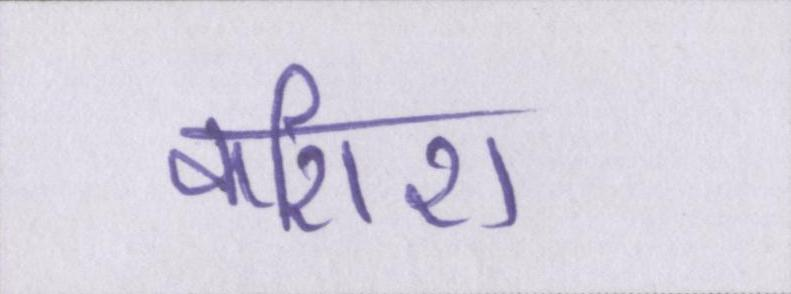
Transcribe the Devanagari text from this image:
कशिश